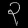
Digit: ၃